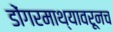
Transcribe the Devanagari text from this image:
डोंगरमाथ्यावरूनच